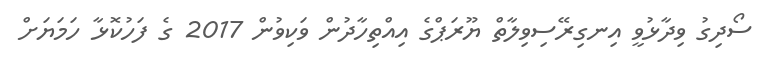
ސޯދިގު ވިދާޅުވީ އިނގިރޭސިވިލާތް ޔޫރަޕްގެ އިއްތިހާދުން ވަކިވުން 2017 ގެ ފަހުކޮޅާ ހަމަޔަށް